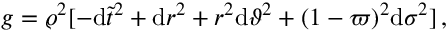
g = \varrho ^ { 2 } [ - \mathrm { d } { \tilde { t } } ^ { 2 } + \mathrm { d } r ^ { 2 } + r ^ { 2 } \mathrm { d } \vartheta ^ { 2 } + ( 1 - \varpi ) ^ { 2 } \mathrm { d } \sigma ^ { 2 } ] \, ,